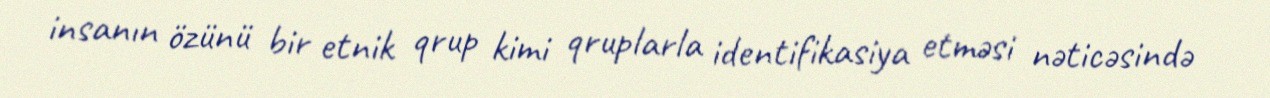
insanın özünü bir etnik qrup kimi qruplarla identifikasiya etməsi nəticəsində